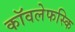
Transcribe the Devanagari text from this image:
कॉवलेफस्कि